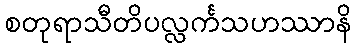
စတုရာသီတိပလ္လင်္ကသဟဿာနိ